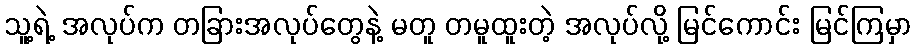
သူ့ရဲ့ အလုပ်က တခြားအလုပ်တွေနဲ့ မတူ တမူထူးတဲ့ အလုပ်လို့ မြင်ကောင်း မြင်ကြမှာ